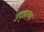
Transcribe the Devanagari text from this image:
उद्हरण